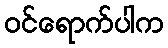
ဝင်ရောက်ပါက